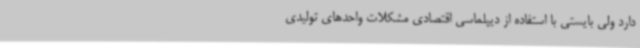
دارد ولی بایستی با استفاده از دیپلماسی اقتصادی مشکلات واحدهای تولیدی